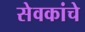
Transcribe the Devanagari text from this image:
सेवकांचे